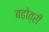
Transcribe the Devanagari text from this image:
बढ़ोत्री